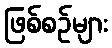
ဖြစ်စဉ်များ